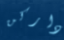
داركن